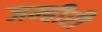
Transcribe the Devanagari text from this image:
जम्हीरी